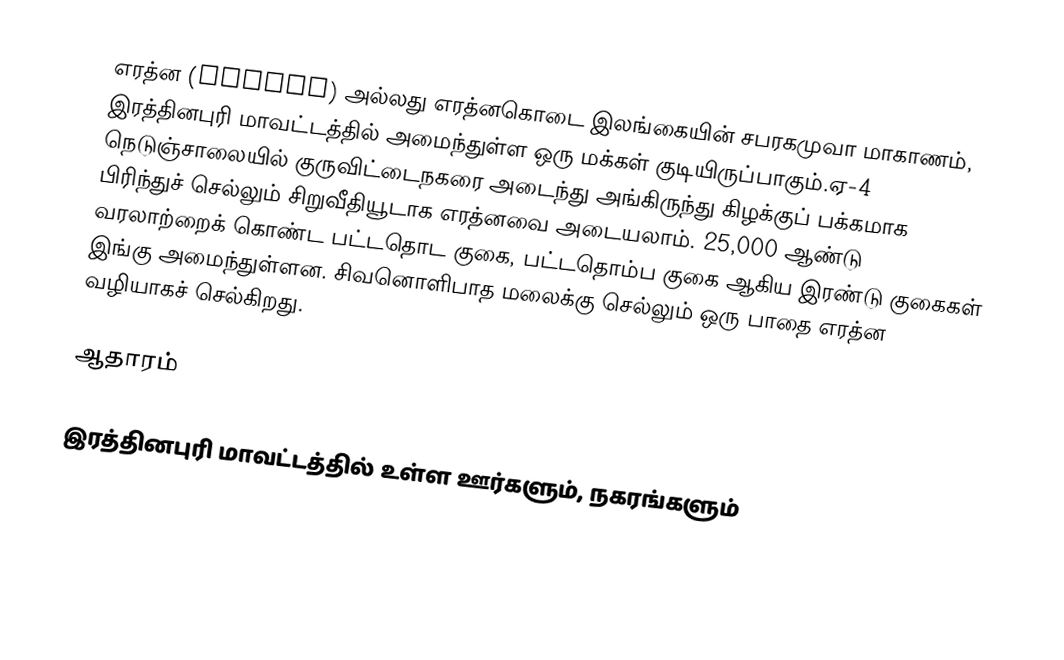
எரத்ன (Eratna) அல்லது எரத்னகொடை இலங்கையின்  சபரகமுவா மாகாணம், இரத்தினபுரி மாவட்டத்தில் அமைந்துள்ள ஒரு மக்கள் குடியிருப்பாகும்.ஏ-4 நெடுஞ்சாலையில் குருவிட்டைநகரை அடைந்து அங்கிருந்து கிழக்குப் பக்கமாக பிரிந்துச் செல்லும் சிறுவீதியூடாக எரத்னவை அடையலாம். 25,000 ஆண்டு வரலாற்றைக் கொண்ட பட்டதொட குகை, பட்டதொம்ப குகை ஆகிய இரண்டு குகைகள் இங்கு அமைந்துள்ளன. சிவனொளிபாத மலைக்கு செல்லும் ஒரு பாதை எரத்ன வழியாகச் செல்கிறது.

ஆதாரம்

இரத்தினபுரி மாவட்டத்தில் உள்ள ஊர்களும், நகரங்களும்